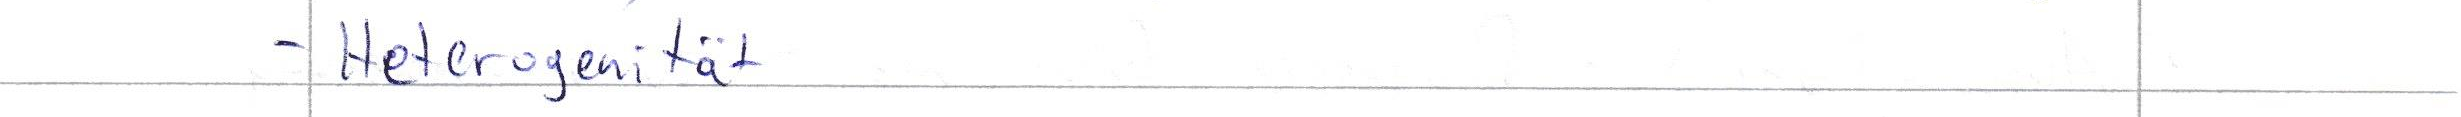
- Heterogenität